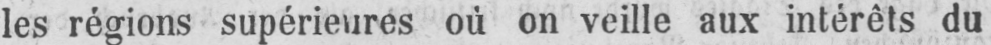
les régions supérieures où on veille aux intérêts du